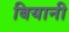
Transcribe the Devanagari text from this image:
बियानी